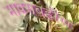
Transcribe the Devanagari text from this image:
मावसबहीण